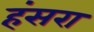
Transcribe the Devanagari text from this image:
हंसरा